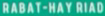
RABAT-HAY RIAD